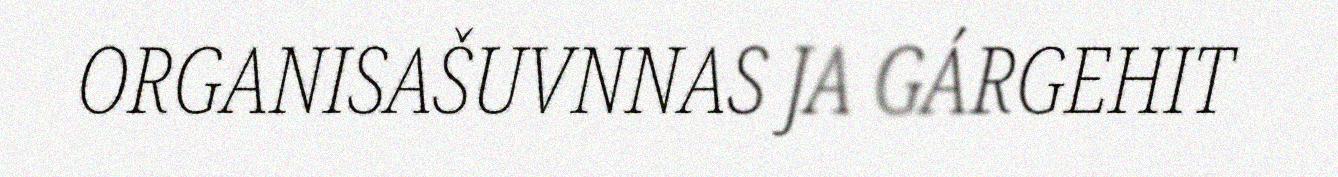
ORGANISAŠUVNNAS JA GÁRGEHIT